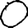
Digit: 0